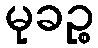
မုခဉ္စ